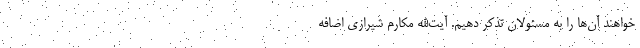
خواهند آن‌ها را به مسئولان تذکر دهیم. آیت‌الله مکارم شیرازی اضافه